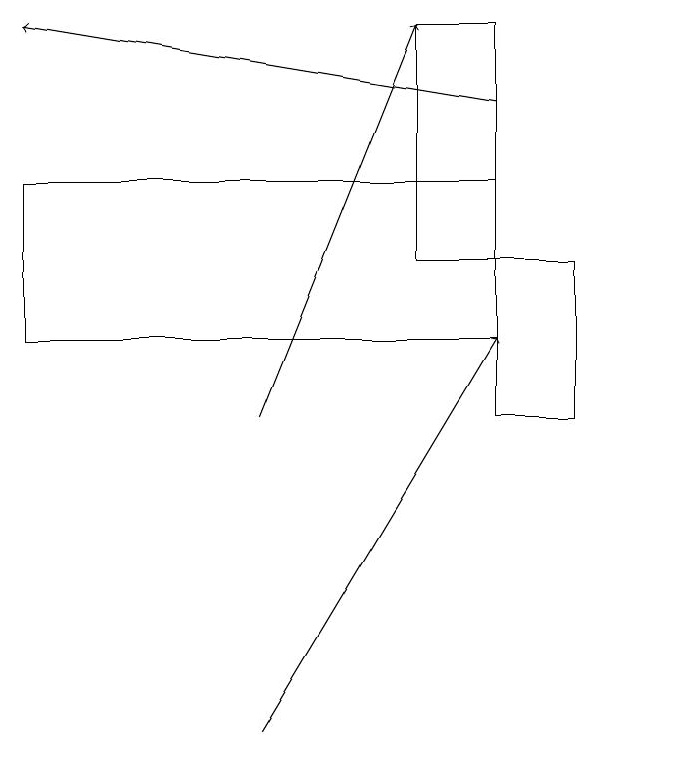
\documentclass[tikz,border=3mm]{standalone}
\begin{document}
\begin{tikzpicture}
\draw (7,19) rectangle (8,16);
\draw[->] (8,18) -- (2,19);
\draw (8,14) rectangle (9,16);
\draw[->] (5,10) -- (8,15);
\draw (8,17) rectangle (2,15);
\draw (10,10) circle (0);
\draw[->] (5,14) -- (7,19);
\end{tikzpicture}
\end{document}